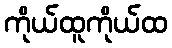
ကိုယ်ထူကိုယ်ထ